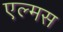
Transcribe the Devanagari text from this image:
एल्मस